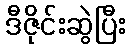
ဒီဇိုင်းဆွဲပြီး